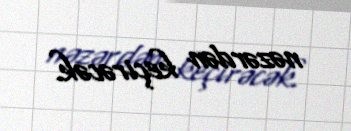
nəzərdən keçirəcək.